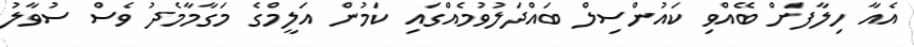
އެއާ ހިލާފަށް ބޭއްވި ކައުންސިލް ބައްދަލުވުމެއްގައި ކަމުން އަލީމްގެ މަގާމާމެދު ވެސް ސުވާލު